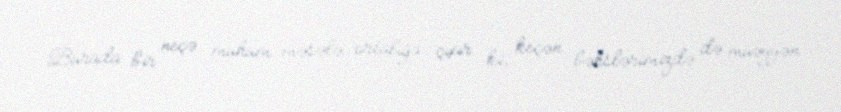
Burada bir neçə mühüm məsələ ortalığa çıxır ki, keçən bəhslərimizdə də müəyyən